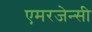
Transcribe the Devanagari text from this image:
एमरजेन्सी